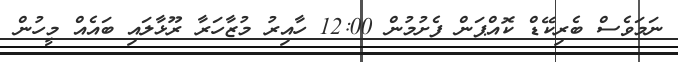
ނަމަވެސް ބެރިކޭޑް ކޮއްޕަން ފެށުމުން 12:00 ހާއިރު މުޒާހަރާ ރޫޅާލައި ބައެއް މީހުން